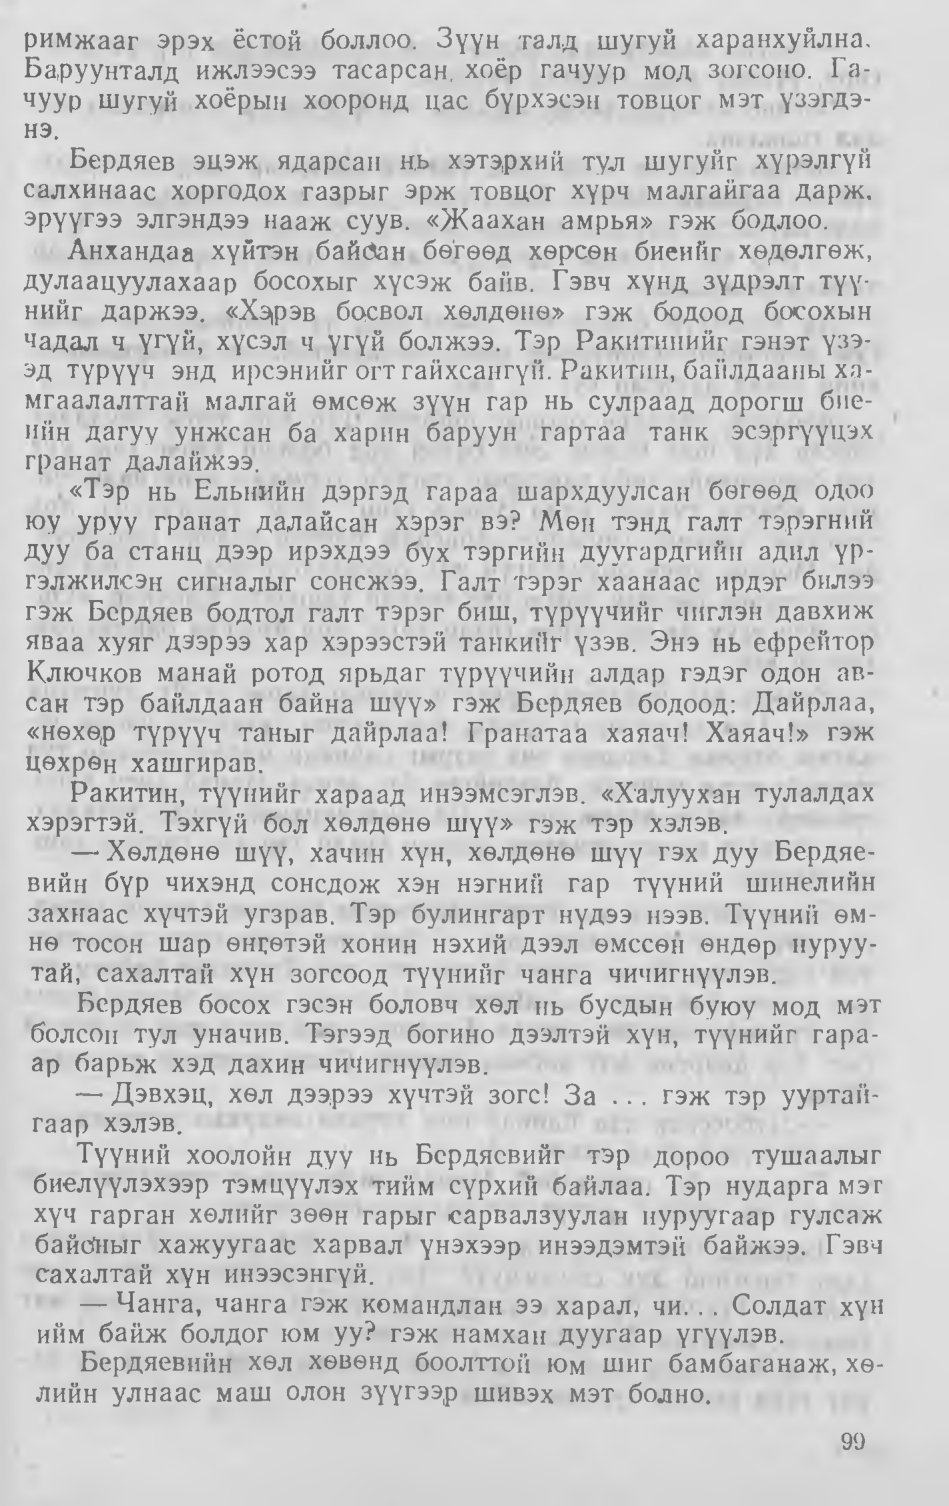
Language: mn